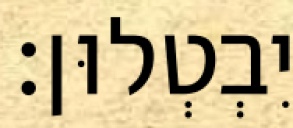
יִבְטְלוּן׃